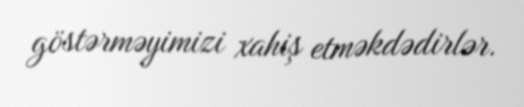
göstərməyimizi xahiş etməkdədirlər.